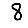
Digit: 8